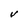
Character: V